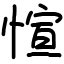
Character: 愃